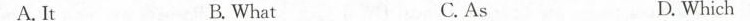
A. It B. What C. As D. Which